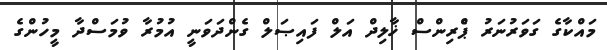
މައްކާގެ ގަވަރުނަރު ޕްެރިންސް ޚާލިދް އަލް ފައިޞަލް ގެންދަވަނީ އުމުރާ ވުމަސްދާ މީހުންގެ